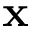
\textbf { x }